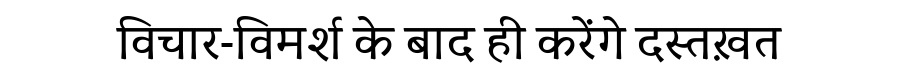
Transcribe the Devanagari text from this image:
विचार-विमर्श के बाद ही करेंगे दस्तख़त